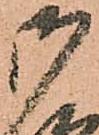
御